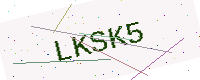
Text: LKSK5